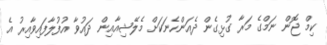
ކިމް ޖޮން ނަމްގެ މަރާ ގުޅިގެން ދެއަންހެނަކަށް މެލޭޝިއާއިން ދައުވާ އުފުލާފައިވާއިރު އެ